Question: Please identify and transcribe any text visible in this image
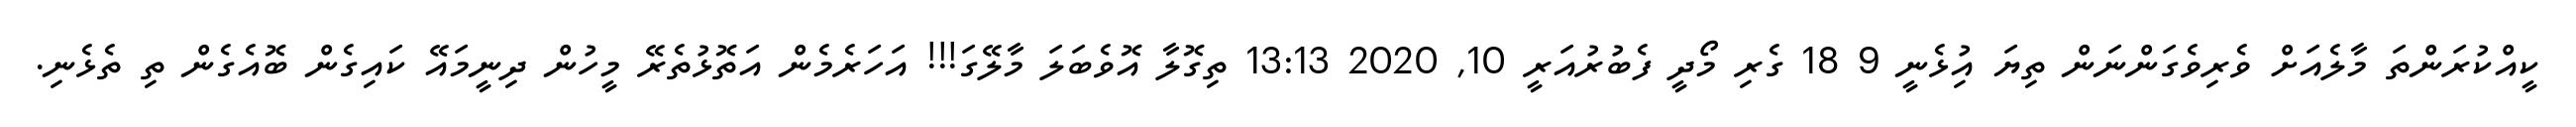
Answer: ކީއްކުރަންތަ މާލެއަށް ވެރިވެގަންނަން ތިޔަ އިުޅެނީ 9 18 ގެރި މޯދީ ފެބުރުއަރީ 10, 2020 13:13 ތިގޮލާ އޮވެބަލަ މާލޭގަ!!! އަހަރެމެން އަތޮޅުތެރޭ މީހުން ދިނީމައޭ ކައިގެން ބޮއެގެން ތި ތެޅެނި.